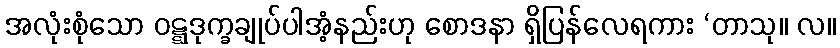
အလုံးစုံသော ဝဋ္ဋဒုက္ခချုပ်ပါအံ့နည်းဟု စောဒနာ ရှိပြန်လေရကား ‘တာသု။ လ။